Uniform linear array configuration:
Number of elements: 24
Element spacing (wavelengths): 1
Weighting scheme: blackman
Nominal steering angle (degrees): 60
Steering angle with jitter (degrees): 59.304
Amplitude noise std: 0.05
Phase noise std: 0.05

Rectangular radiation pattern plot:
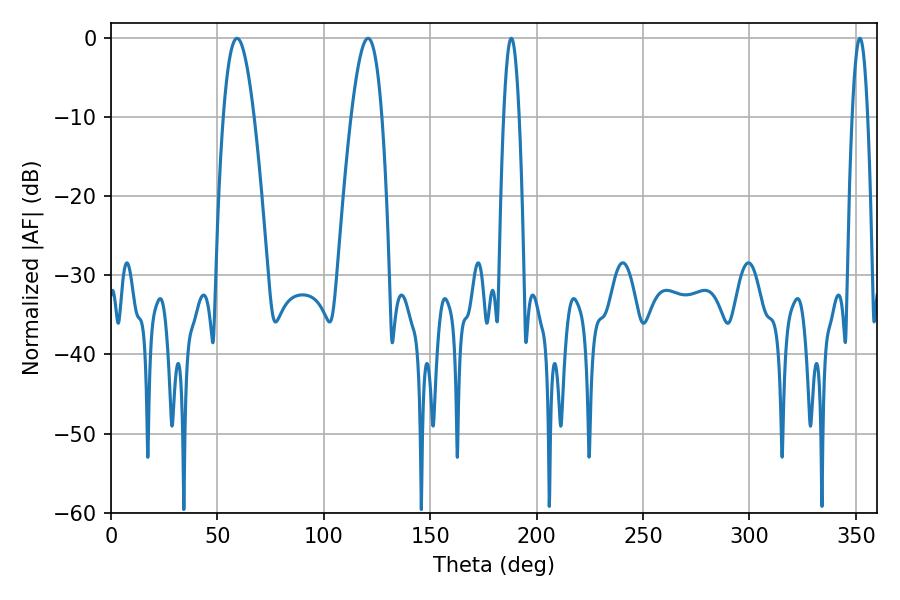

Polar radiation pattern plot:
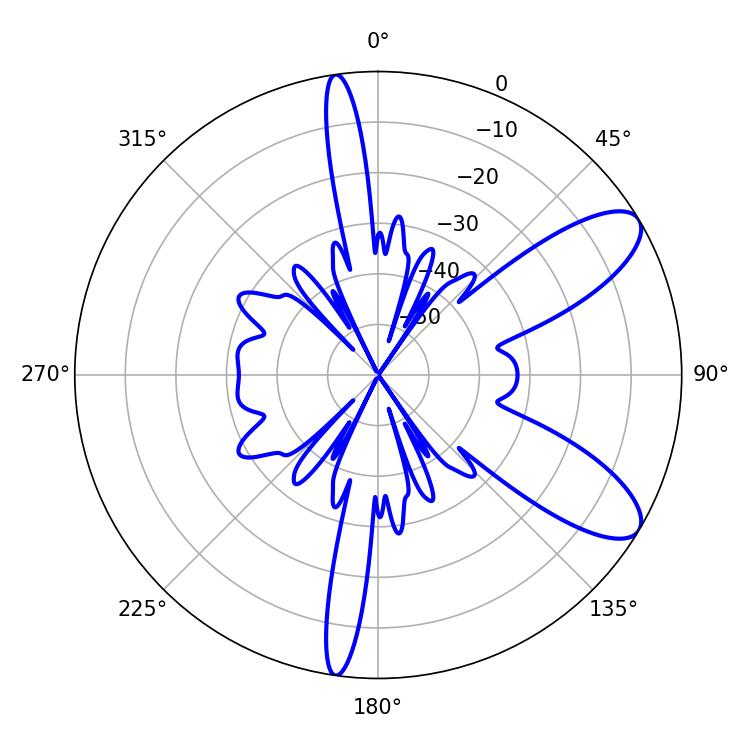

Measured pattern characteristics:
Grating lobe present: TRUE
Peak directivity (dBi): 9.303
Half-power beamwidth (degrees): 7.92
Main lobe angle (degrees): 59.22